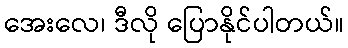
အေးလေ၊ ဒီလို ပြောနိုင်ပါတယ်။